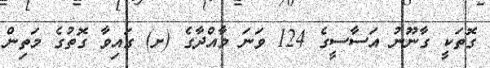
ގޮތަކީ ގާނޫނު އަސާސީގެ 124 ވަނަ މާއްދާގެ (ށ) ގައިވާ ގޮތުގެ މަތިން